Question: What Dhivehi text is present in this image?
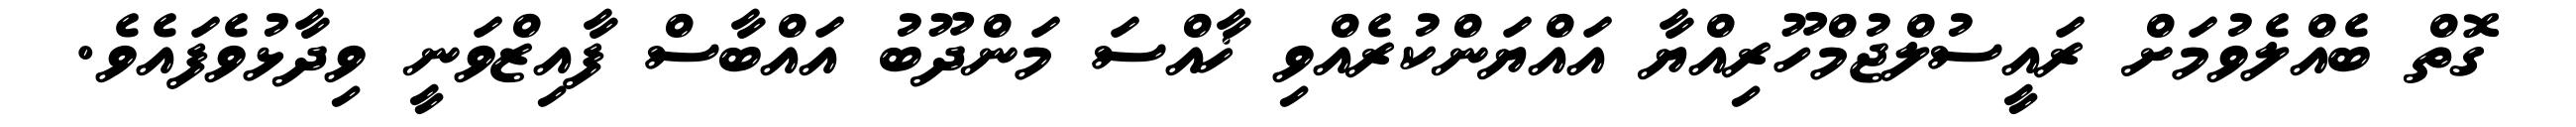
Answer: ގޮތް ބެއްލެވުމަށް ރައީސުލްޖުމްހޫރިއްޔާ އައްޔަންކުރެއްވި ޚާއްސަ މަންދޫބު އައްބާސް ފާއިޒްވަނީ ވިދާޅުވެފައެވެ.